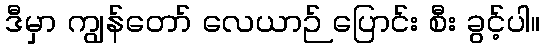
ဒီမှာ ကျွန်တော် လေယာဉ် ပြောင်း စီး ခွင့်ပါ။